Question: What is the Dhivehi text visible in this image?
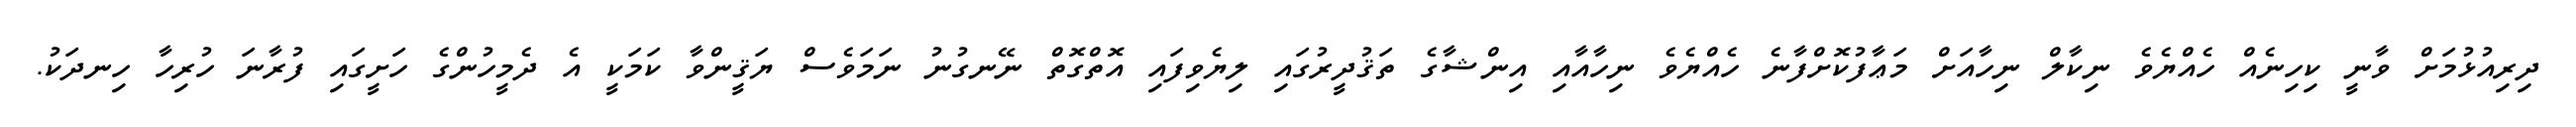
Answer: ދިރިއުޅުމަށް ވާނީ ކިހިނެއް ހެއްޔެވެ ނިކާލް ނިހާއަށް މަޢާފުކޮށްފާނެ ހެއްޔެވެ ނިހާއާއި އިންޝާގެ ތަޤުދީރުގައި ލިޔެވިފައި އޮތްގޮތް ނޭނގުނު ނަމަވެސް ޔަޤީންވާ ކަމަކީ އެ ދެމީހުންގެ ހަށީގައި ފުރާނަ ހުރިހާ ހިނދަކު.